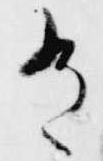
有